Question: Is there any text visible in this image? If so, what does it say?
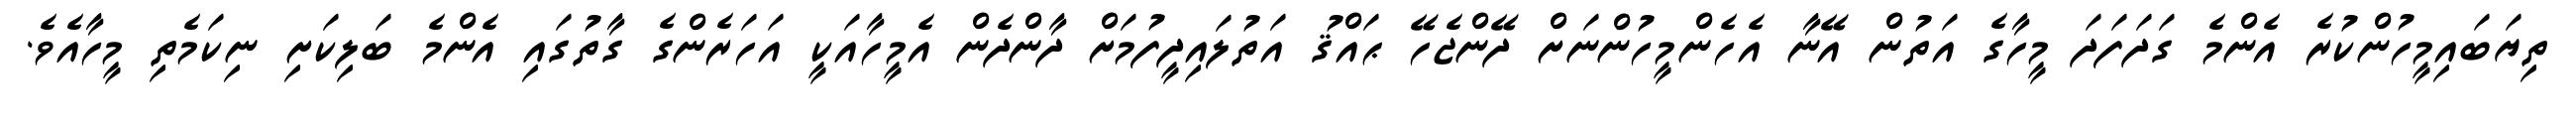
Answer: ތިޔަބައިމީހުންކުރެ އެންމެ ގަދަފަދަ މީހާގެ އަތުން އޭނާ އެހެންމީހުންނަށް ދޭންޖެހޭ ޙައްޤު އަތުލައިދީފުމަށް ދާންދެން އެމީހާއަކީ އަހަރެންގެ ގާތުގައި އެންމެ ބަލިކަށި ނިކަމެތި މީހާއެވެ.